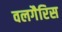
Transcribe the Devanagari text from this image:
वलगैरिस